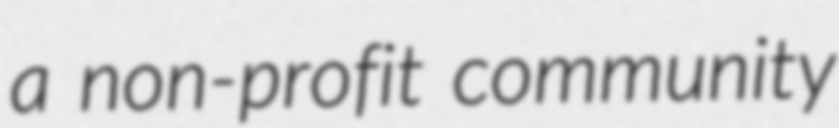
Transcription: a non-profit community